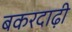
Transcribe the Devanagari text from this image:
बकरदाढ़ी